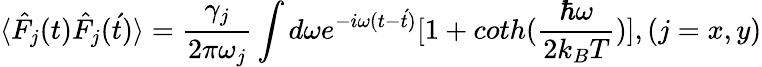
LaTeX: \langle\hat{F}_{j}(t)\hat{F}_{j}(\acute{t})\rangle=\frac{\gamma_{j}}{2\pi\omega_{j}}\int d\omega e^{-i\omega(t-\acute{t})}[1+coth(\frac{\hbar\omega}{2k_{B}T})],(j=x,y)